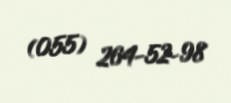
(055) 264-52-98